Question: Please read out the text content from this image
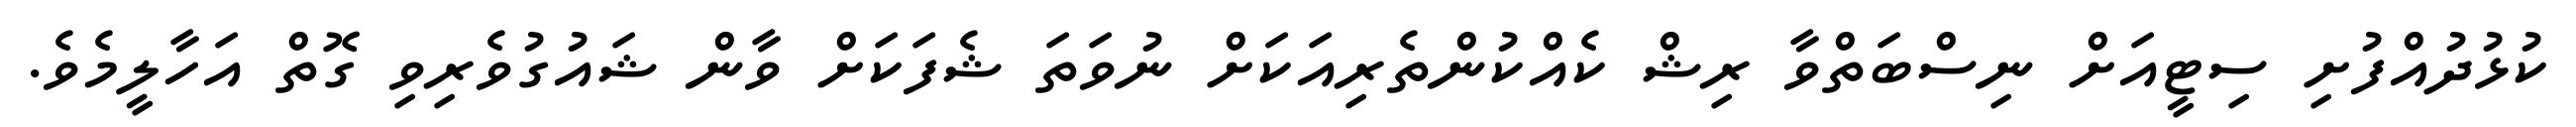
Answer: ކުޅުދުއްފުށި ސިޓީއަށް ނިސްބަތްވާ ރިޝް ކެއްކުންތެރިއަކަށް ނުވަތަ ޝެފަކަށް ވާން ޝައުގުވެރިވި ގޮތް އަހާލީމެވެ.